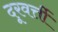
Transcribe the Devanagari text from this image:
दूरवर्त्ती